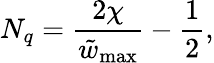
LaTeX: N_{q}=\frac{2\chi}{\tilde{w}_{\mathrm{max}}}-\frac{1}{2},